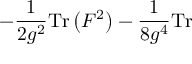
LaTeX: - \frac { 1 } { 2 g ^ { 2 } } \mathrm { T r } \left( F ^ { 2 } \right) - \frac { 1 } { 8 g ^ { 4 } } \mathrm { T r }